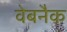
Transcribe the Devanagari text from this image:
वेबनैक